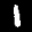
Label: 1